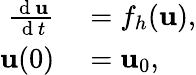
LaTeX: \begin{array}{rl}{\frac{\mathrm{~d~}\mathbf{u}}{\mathrm{~d~}t}}&{{}=f_{h}(\mathbf{u}),}\\ {\mathbf{u}(0)}&{{}=\mathbf{u}_{0},}\end{array}